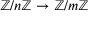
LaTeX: \mathbb { Z } / n \mathbb { Z } \to \mathbb { Z } / m \mathbb { Z }